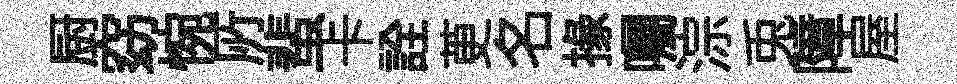
厨窈惋𠩄蜚卡詮茰名掾囑淙兎障屋